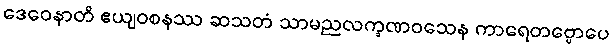
ဒေဝေနာတိ ဧယျဝစနဿ ဆသတံ သာမညလက္ခဏဝသေန ကာရေတဗ္ဗောပေ